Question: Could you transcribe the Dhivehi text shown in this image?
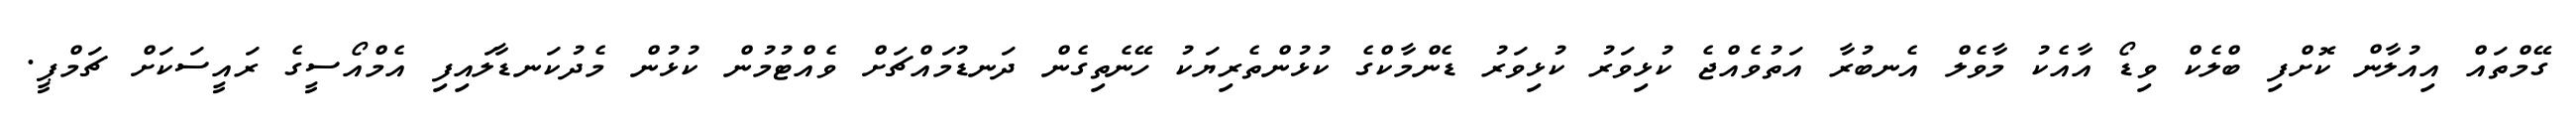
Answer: ގޭމްތައް އިއުލާން ކޮށްފި ބްލެކް ވިޑޯ އާއެކު މާވެލް އެނބުރާ އަތުވެއްޖެ ކުޅިވަރު ކުޅިވަރު ޑެންމާކްގެ ކުޅުންތެރިޔަކު ހޭނެތިގެން ދަނޑުމައްޗަށް ވެއްޓުމުން ކުޅުން މެދުކަނޑާލައިފި އެމްއޯސީގެ ރައީސަކަށް ޗަމްޕީ.